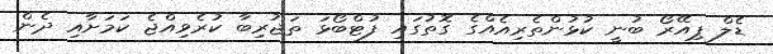
ޑެލް ޕިއޭރޯ ބުނީ ކުޅުންތެރިއެއްގެ ގޮތުގައި ފުޓްބޯޅަ ތަޖުރިބާ ކުރެވިއްޖެ ކަމަށާއި ދެން